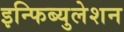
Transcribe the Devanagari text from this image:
इन्फिब्युलेशन